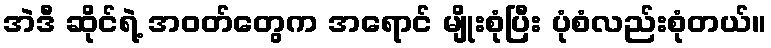
အဲဒီ ဆိုင်ရဲ့ အဝတ်တွေက အရောင် မျိုးစုံပြီး ပုံစံလည်းစုံတယ်။